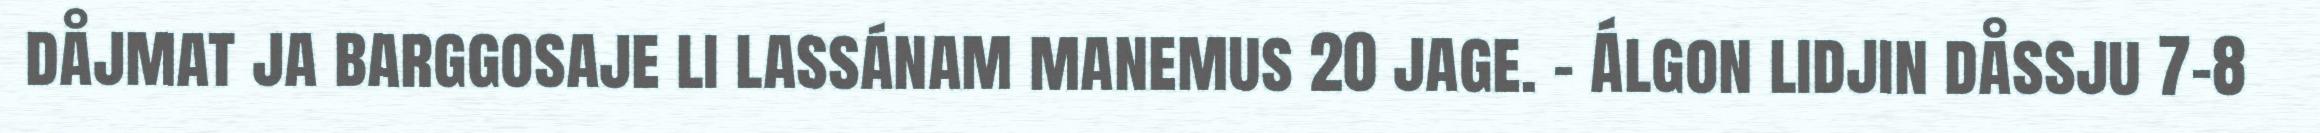
dåjmat ja barggosaje li lassánam manemus 20 jage. - Álgon lidjin dåssju 7-8